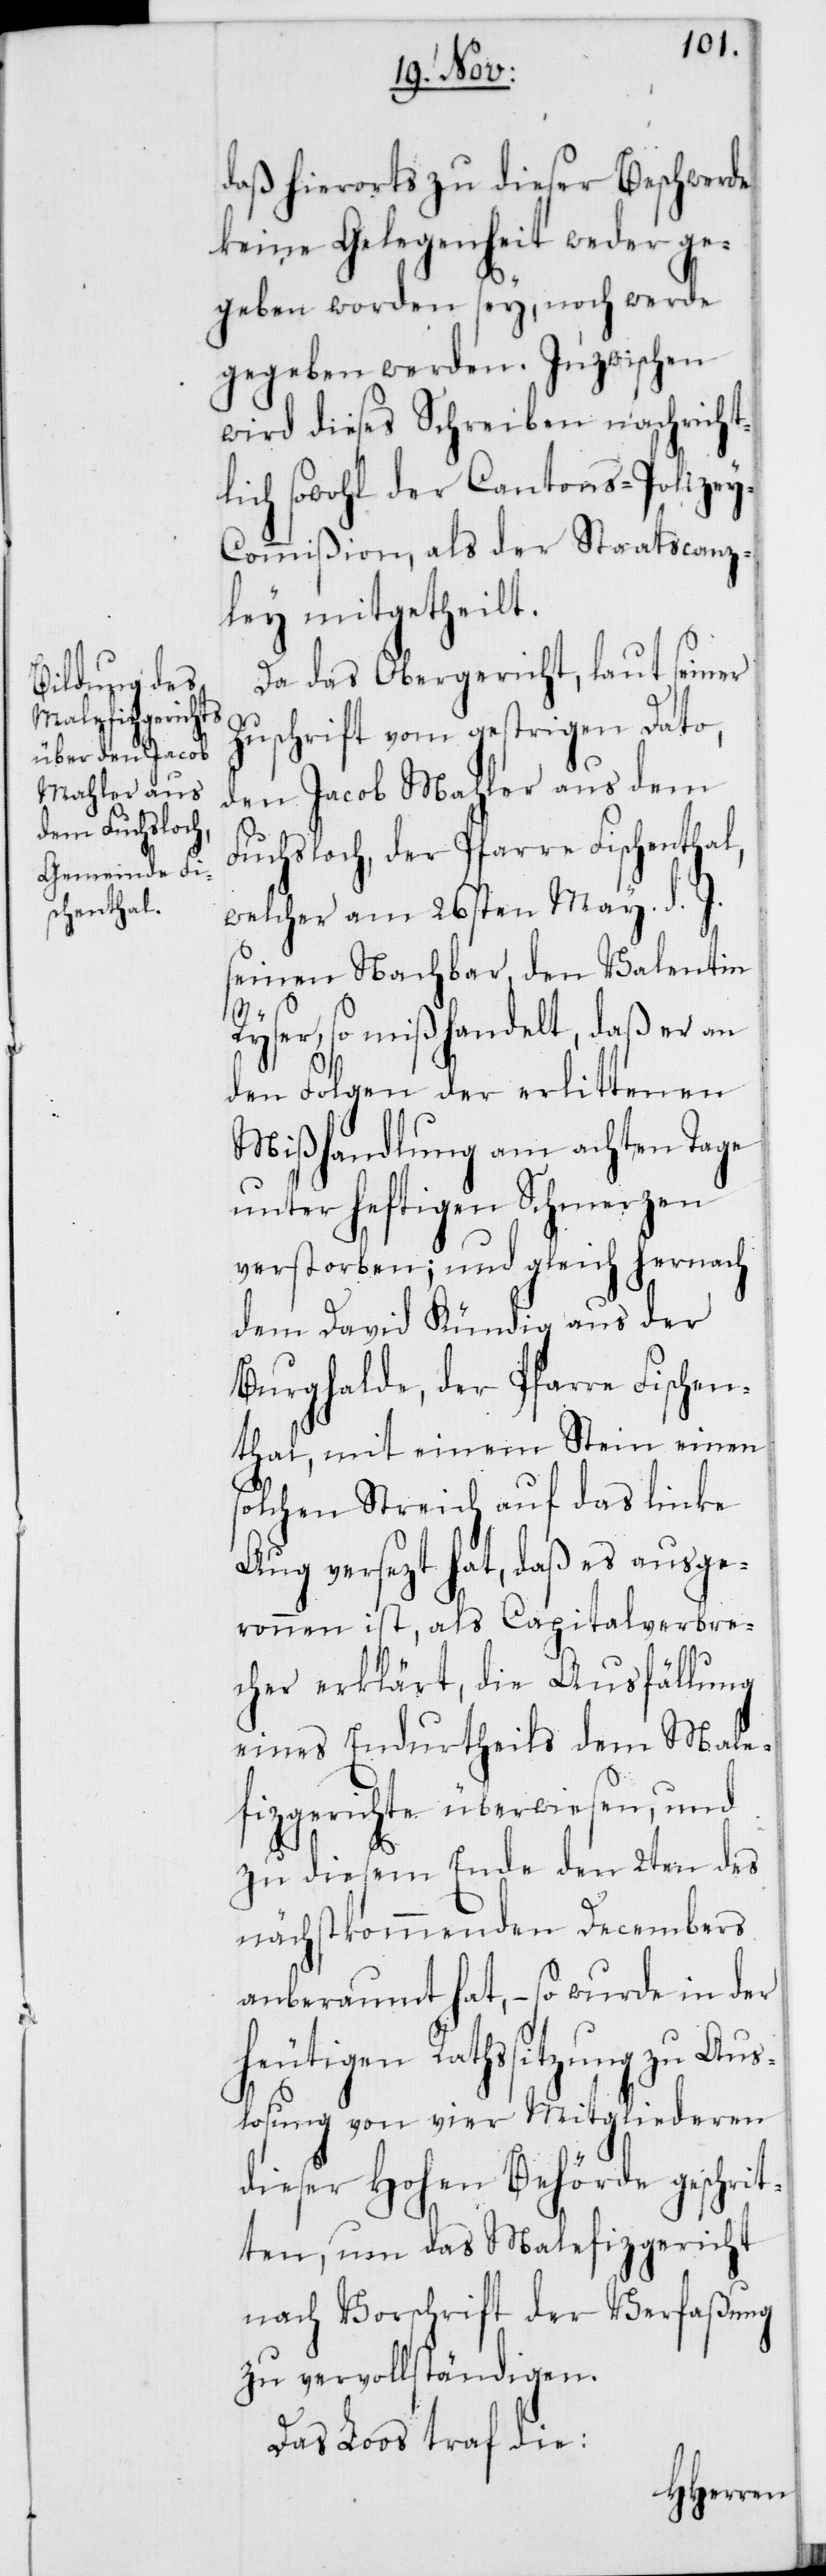
daß hierorts zu dieser Beschwerde
keine Gelegenheit weder ge¬
geben worden sey, noch werde
gegeben werden. Inzwischen
wird dieses Schreiben nachricht¬
lich sowohl der Cantons-Polize¬
y-Commißion, als der Staatscanz¬
ley mitgetheilt.
Da das Obergericht, laut seiner
Zuschrift vom gestrigen Dato,
den Jacob Mahler aus dem
Fuchsloch, der Pfarre Fischenthal,
welcher am 26sten May d. J.
seinen Nachbar, den Valentin
Ryser, so mißhandelt, daß er an
den Folgen der erlittenen
Mißhandlung am achten Tage
unter heftigen Schmerzen
verstorben; und gleich hernach
dem David Kündig aus der
Burghalde, der Pfarre Fischen¬
thal, mit einem Stein einen
solchen Streich auf das linke
Aug versetzt hat, daß es ausge¬
ronnen ist, als Capitalverbre¬
cher erklärt, die Ausfällung
eines Endurtheils dem Male¬
fizgerichte überwiesen, und
zu diesem Ende den 2ten des
nächstkommenden Decembers
anberaumt hat, – so wurde in der
heutigen Rathssitzung zu Aus¬
losung von vier Mitgliederen
dieser Hohen Behörde geschrit¬
ten, um das Malefizgericht
nach Vorschrift der Verfaßung
zu vervollständigen.
Das Los traf die: